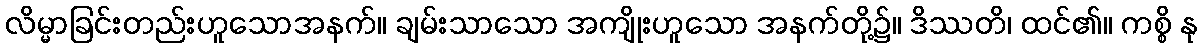
လိမ္မာခြင်းတည်းဟူသောအနက်။ ချမ်းသာသော အကျိုးဟူသော အနက်တို့၌။ ဒိဿတိ၊ ထင်၏။ ကစ္စိ နု